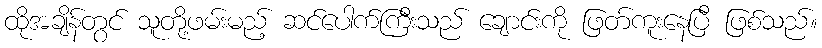
ထိုအချိန်တွင် သူတို့ဖမ်းမည့် ဆင်ပေါက်ကြီးသည် ချောင်းကို ဖြတ်ကူးနေပြီ ဖြစ်သည်။